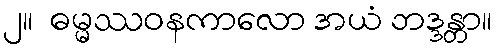
၂။  ဓမ္မဿဝနကာလော အယံ ဘဒ္ဒန္တာ။